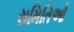
સમિતિઓ